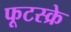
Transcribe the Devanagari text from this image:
फूटस्क्रे